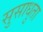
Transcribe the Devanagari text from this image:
सुसाधुता